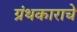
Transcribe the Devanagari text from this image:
ग्रंथकाराचे